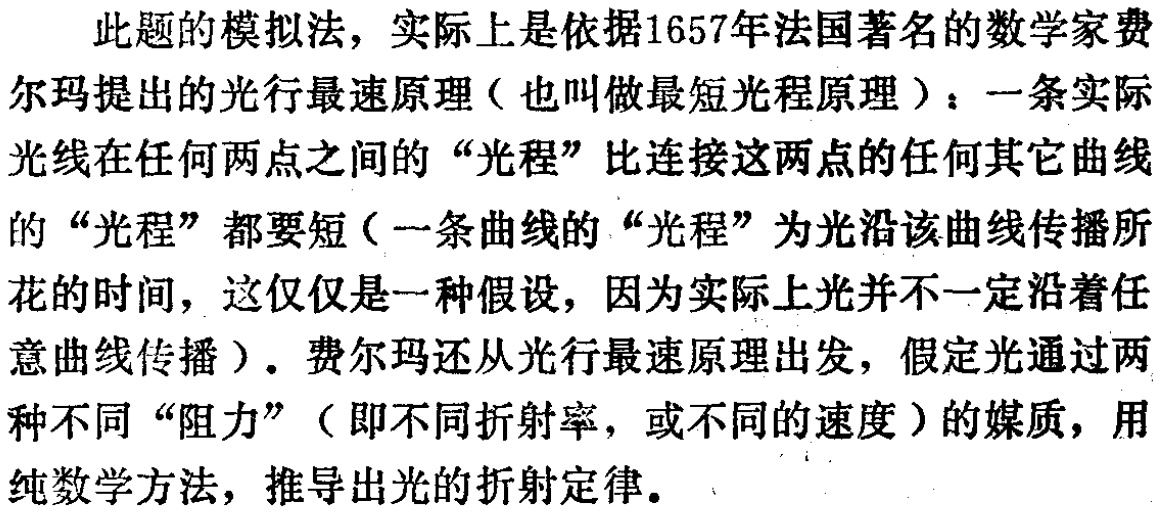
3. C. 解 由结论 3 易知函数在区间$(-3,0)$上不是单调的. 故选 C.